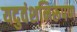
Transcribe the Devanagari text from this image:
यदुवंशनिरूपण